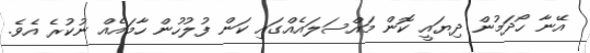
އޭނާ ހޯދަމުން ދިޔައީ ކޮން މައްސަލައެއްގައި ކަން ފުލުހުން ހާމައެއް ނުކުރެ އެވެ.